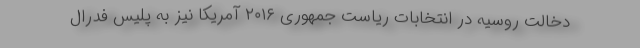
دخالت روسیه در انتخابات ریاست جمهوری ۲۰۱۶ آمریکا نیز به پلیس فدرال